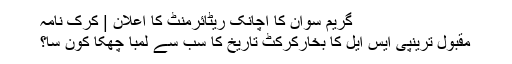
گریم سوان کا اچانک ریٹائرمنٹ کا اعلان | کرک نامہ
مقبول ترینپی ایس ایل کا بخارکرکٹ تاریخ کا سب سے لمبا چھکا کون سا؟